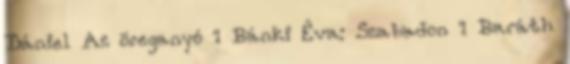
Dániel Az öreganyó 1 Bánki Éva: Szabadon 1 Baráth